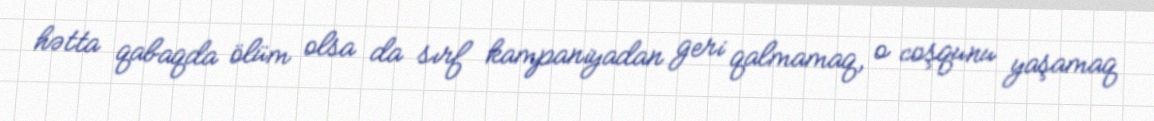
hətta qabaqda ölüm olsa da sırf kampaniyadan geri qalmamaq, o coşqunu yaşamaq